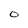
Character: 0